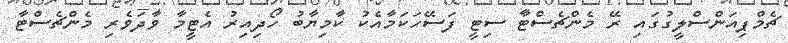
ޗެމްޕިއަންސްލީގުގައި ރޭ މެންޗެސްޓާ ސިޓީ ފަސޭހަކަމާއެކު ކާމިޔާބު ހޯދިއިރު އެޓީމާ ވާދަވެރި މެންޗެސްޓާ